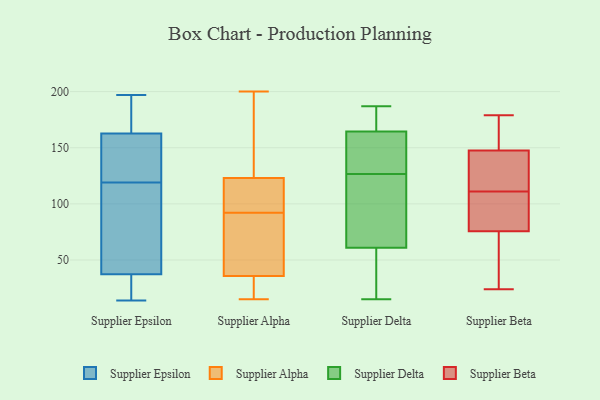
{"axis": {"x": "Churn Rate (%)", "y": "Value"}, "legend": ["Supplier Alpha", "Supplier Beta", "Supplier Delta", "Supplier Epsilon"], "data": [{"x": "", "y": 63, "type": "Supplier Epsilon"}, {"x": "", "y": 35, "type": "Supplier Epsilon"}, {"x": "", "y": 119, "type": "Supplier Epsilon"}, {"x": "", "y": 166, "type": "Supplier Epsilon"}, {"x": "", "y": 26, "type": "Supplier Epsilon"}, {"x": "", "y": 92, "type": "Supplier Epsilon"}, {"x": "", "y": 36, "type": "Supplier Epsilon"}, {"x": "", "y": 137, "type": "Supplier Epsilon"}, {"x": "", "y": 197, "type": "Supplier Epsilon"}, {"x": "", "y": 14, "type": "Supplier Epsilon"}, {"x": "", "y": 153, "type": "Supplier Epsilon"}, {"x": "", "y": 54, "type": "Supplier Epsilon"}, {"x": "", "y": 170, "type": "Supplier Epsilon"}, {"x": "", "y": 137, "type": "Supplier Epsilon"}, {"x": "", "y": 196, "type": "Supplier Epsilon"}, {"x": "", "y": 174, "type": "Supplier Epsilon"}, {"x": "", "y": 20, "type": "Supplier Epsilon"}, {"x": "", "y": 41, "type": "Supplier Epsilon"}, {"x": "", "y": 152, "type": "Supplier Epsilon"}, {"x": "", "y": 165, "type": "Supplier Alpha"}, {"x": "", "y": 23, "type": "Supplier Alpha"}, {"x": "", "y": 152, "type": "Supplier Alpha"}, {"x": "", "y": 26, "type": "Supplier Alpha"}, {"x": "", "y": 92, "type": "Supplier Alpha"}, {"x": "", "y": 30, "type": "Supplier Alpha"}, {"x": "", "y": 200, "type": "Supplier Alpha"}, {"x": "", "y": 97, "type": "Supplier Alpha"}, {"x": "", "y": 94, "type": "Supplier Alpha"}, {"x": "", "y": 117, "type": "Supplier Alpha"}, {"x": "", "y": 97, "type": "Supplier Alpha"}, {"x": "", "y": 15, "type": "Supplier Alpha"}, {"x": "", "y": 125, "type": "Supplier Alpha"}, {"x": "", "y": 18, "type": "Supplier Alpha"}, {"x": "", "y": 72, "type": "Supplier Alpha"}, {"x": "", "y": 89, "type": "Supplier Alpha"}, {"x": "", "y": 132, "type": "Supplier Alpha"}, {"x": "", "y": 89, "type": "Supplier Alpha"}, {"x": "", "y": 53, "type": "Supplier Alpha"}, {"x": "", "y": 187, "type": "Supplier Delta"}, {"x": "", "y": 17, "type": "Supplier Delta"}, {"x": "", "y": 175, "type": "Supplier Delta"}, {"x": "", "y": 113, "type": "Supplier Delta"}, {"x": "", "y": 15, "type": "Supplier Delta"}, {"x": "", "y": 157, "type": "Supplier Delta"}, {"x": "", "y": 40, "type": "Supplier Delta"}, {"x": "", "y": 154, "type": "Supplier Delta"}, {"x": "", "y": 136, "type": "Supplier Delta"}, {"x": "", "y": 46, "type": "Supplier Delta"}, {"x": "", "y": 87, "type": "Supplier Delta"}, {"x": "", "y": 177, "type": "Supplier Delta"}, {"x": "", "y": 117, "type": "Supplier Delta"}, {"x": "", "y": 172, "type": "Supplier Delta"}, {"x": "", "y": 183, "type": "Supplier Delta"}, {"x": "", "y": 72, "type": "Supplier Delta"}, {"x": "", "y": 112, "type": "Supplier Delta"}, {"x": "", "y": 149, "type": "Supplier Delta"}, {"x": "", "y": 147, "type": "Supplier Delta"}, {"x": "", "y": 50, "type": "Supplier Delta"}, {"x": "", "y": 149, "type": "Supplier Beta"}, {"x": "", "y": 69, "type": "Supplier Beta"}, {"x": "", "y": 141, "type": "Supplier Beta"}, {"x": "", "y": 24, "type": "Supplier Beta"}, {"x": "", "y": 111, "type": "Supplier Beta"}, {"x": "", "y": 41, "type": "Supplier Beta"}, {"x": "", "y": 111, "type": "Supplier Beta"}, {"x": "", "y": 171, "type": "Supplier Beta"}, {"x": "", "y": 95, "type": "Supplier Beta"}, {"x": "", "y": 143, "type": "Supplier Beta"}, {"x": "", "y": 179, "type": "Supplier Beta"}]}